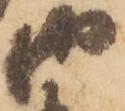
御